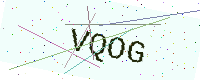
Text: VQOG